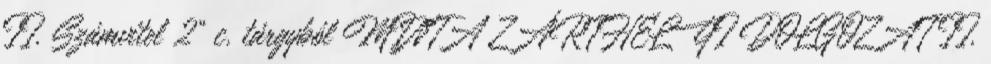
II. Számvitel 2" c. tárgyból MINTA ZÁRTHELYI DOLGOZAT II.